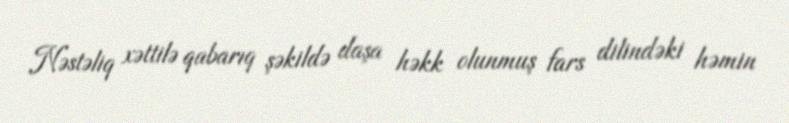
Nəstəliq xəttilə qabarıq şəkildə daşa həkk olunmuş fars dilindəki həmin